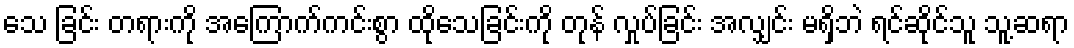
သေ ခြင်း တရားကို အကြောက်ကင်းစွာ ထိုသေခြင်းကို တုန် လှုပ်ခြင်း အလျှင်း မရှိဘဲ ရင်ဆိုင်သူ သူ့ဆရာ